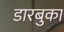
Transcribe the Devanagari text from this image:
डारबुका